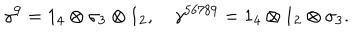
\gamma ^ { 9 } = 1 _ { 4 } \otimes \sigma _ { 3 } \otimes 1 _ { 2 } , \quad \gamma ^ { 5 6 7 8 9 } = 1 _ { 4 } \otimes 1 _ { 2 } \otimes \sigma _ { 3 } .